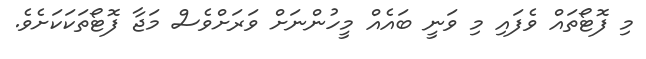
މި ފޮޓޯތައް ވެފައި މި ވަނީ ބައެއް މީހުންނަށް ވަރަށްވެސް މަޖާ ފޮޓޯތަކަކަށެވެ.